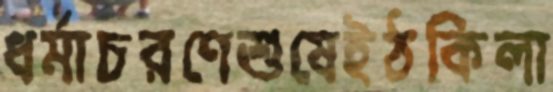
ধর্মাচরণেশুষেইঠকিলা